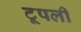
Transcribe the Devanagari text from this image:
टूपली